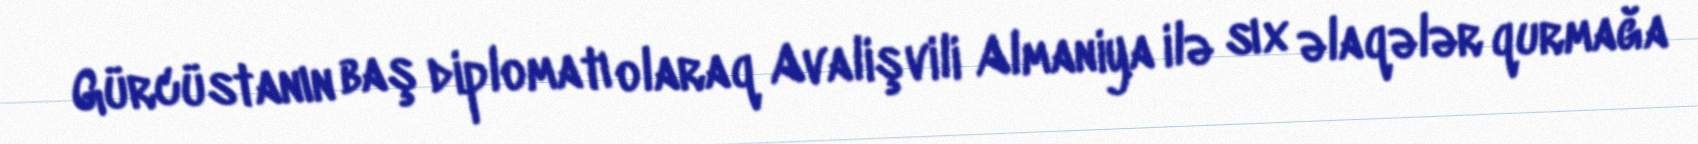
Gürcüstanın baş diplomatı olaraq Avalişvili Almaniya ilə sıx əlaqələr qurmağa